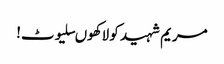
مریم شہید کو لاکھوںسلیوٹ!